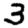
Digit: 3